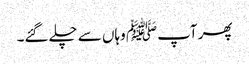
پھر آپﷺ وہاں سے چلے گئے۔